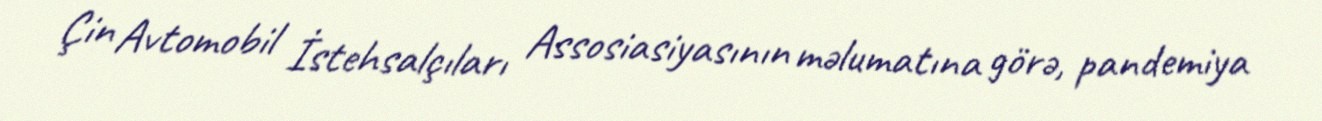
Çin Avtomobil İstehsalçıları Assosiasiyasının məlumatına görə, pandemiya